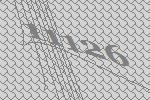
11126